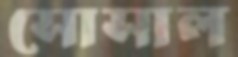
সোসাল